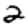
Digit: 2